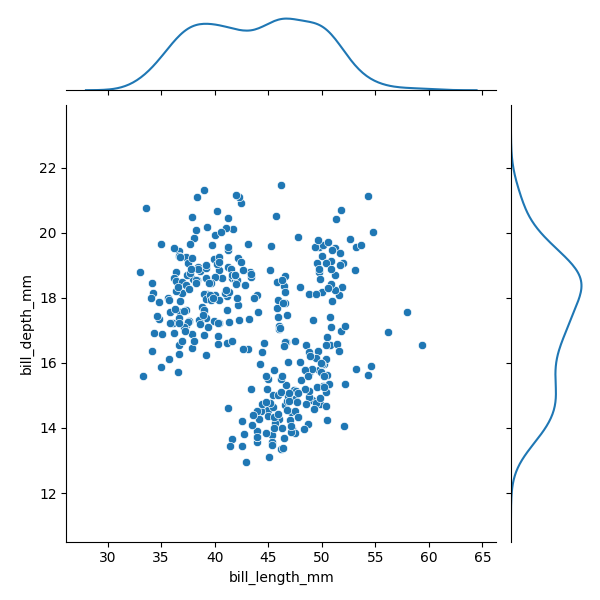
python, seaborn, JointGrid, scatterplot, kdeplot